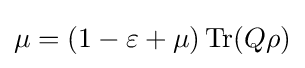
\mu =(1-\varepsilon +\mu )\operatorname {Tr} (Q\rho )